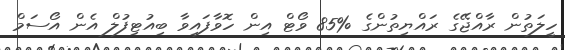
ހީލަތުން ރާއްޖޭގެ ރައްޔިތުންގެ %85 ވޯޓް އިން ހޮވާފައިވާ ބިއުޓިފުލް އެން އޯސަމް